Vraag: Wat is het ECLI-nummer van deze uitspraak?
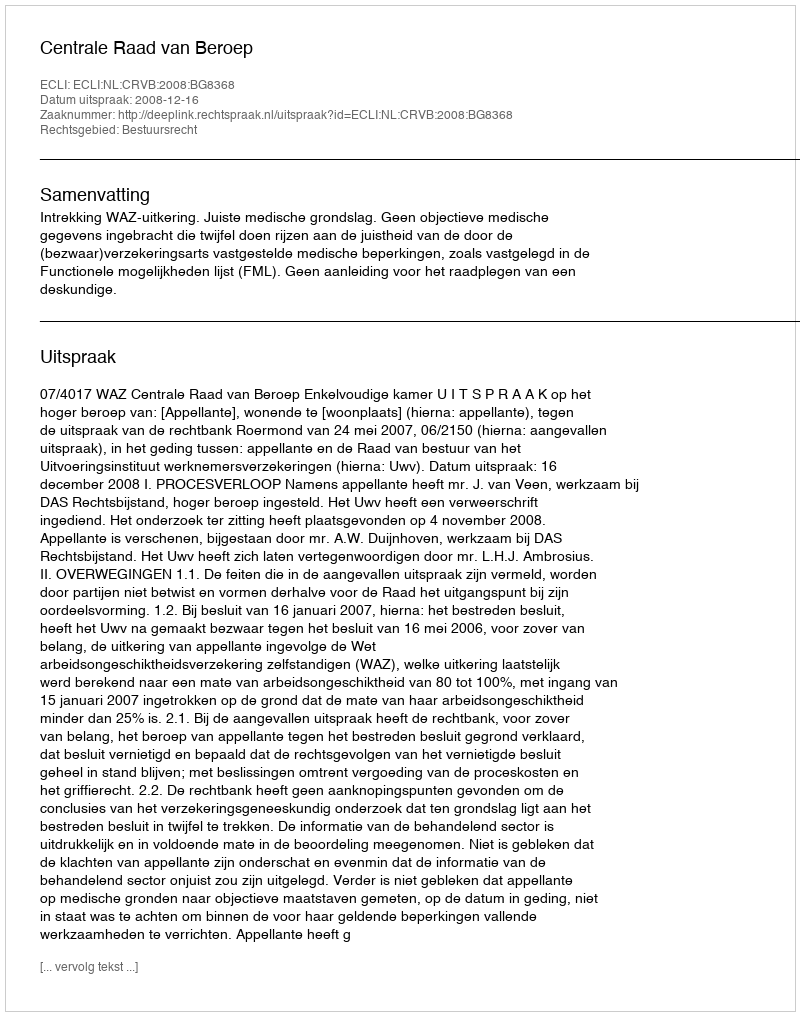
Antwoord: ECLI:NL:CRVB:2008:BG8368